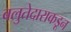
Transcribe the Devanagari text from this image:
बलुतेदाराकडून